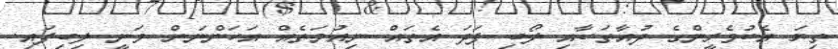
ތިޔަ އެކުވެރީންގެ ދުއާތަކާއި ލޯބި ފަދަ އެތައް ނިއުމަތެއް އަހަންނަށް ވަނީ ލިބިފައި.